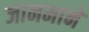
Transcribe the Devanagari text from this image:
जानमाने